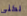
لكنى